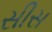
સીસ